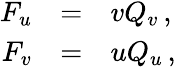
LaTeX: \begin{array}{rcl}{{F_{u}}}&{{=}}&{{vQ_{v}\, ,}}\\ {{F_{v}}}&{{=}}&{{uQ_{u}\, ,}}\end{array}